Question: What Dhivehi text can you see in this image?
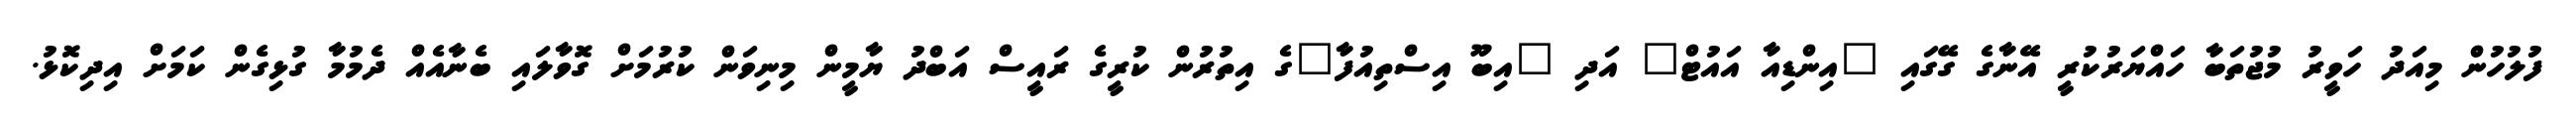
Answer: ފުލުހުން މިއަދު ހަވީރު މުޖުތަބާ ހައްޔަރުކުރީ އޭނާގެ ގޭގައި "އިންޑިއާ އައުޓް" އަދި "އިބޫ އިސްތިއުފާ"ގެ އިތުރުން ކުރީގެ ރައީސް އަބްދު ޔާމީން މިނިވަން ކުރުމަށް ގޮވާލައި ބެނާއެއް ދެމުމާ ގުޅިގެން ކަމަށް އިދިކޮޅު.